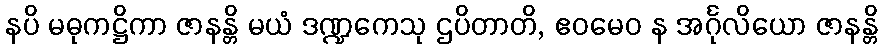
နပိ မဓုကဋ္ဌိကာ ဇာနန္တိ မယံ ဒဏ္ဍကေသု ဌပိတာတိ, ဧဝမေဝ န အင်္ဂုလိယော ဇာနန္တိ